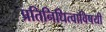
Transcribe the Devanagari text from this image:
प्रतिनिधित्वाविषयी